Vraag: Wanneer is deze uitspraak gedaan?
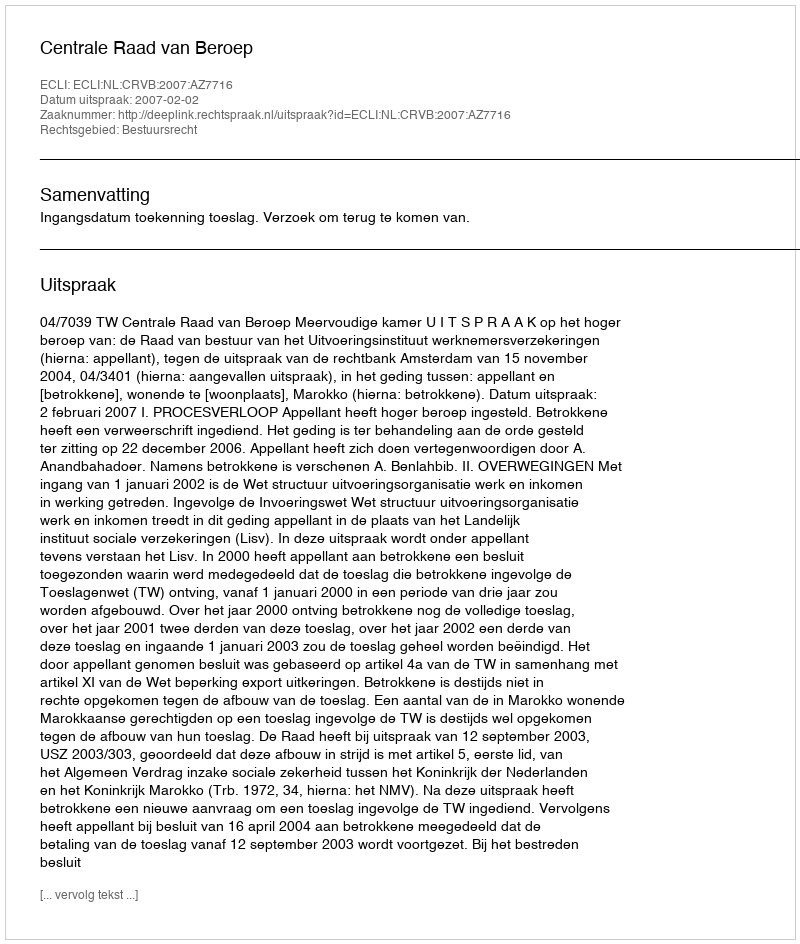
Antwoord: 2007-02-02